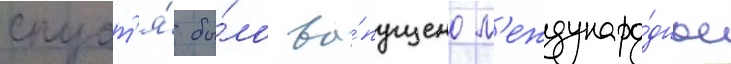
спуст'я́ бы́ло вы́пущено м'еждунаро́дное